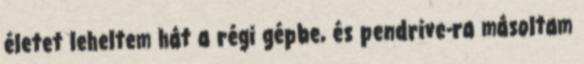
életet leheltem hát a régi gépbe, és pendrive-ra másoltam